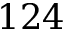
1 2 4